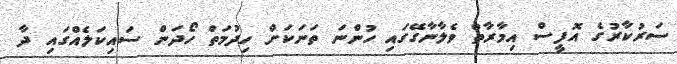
ސަރުކާރުގެ އޮފީސް އިމާރާތް ވެލާނާގޭގައި ހުންނަ ތަނަކަށް ހިދުމަތް ހޯދަން ސައިކަލެއްގައި ދާ